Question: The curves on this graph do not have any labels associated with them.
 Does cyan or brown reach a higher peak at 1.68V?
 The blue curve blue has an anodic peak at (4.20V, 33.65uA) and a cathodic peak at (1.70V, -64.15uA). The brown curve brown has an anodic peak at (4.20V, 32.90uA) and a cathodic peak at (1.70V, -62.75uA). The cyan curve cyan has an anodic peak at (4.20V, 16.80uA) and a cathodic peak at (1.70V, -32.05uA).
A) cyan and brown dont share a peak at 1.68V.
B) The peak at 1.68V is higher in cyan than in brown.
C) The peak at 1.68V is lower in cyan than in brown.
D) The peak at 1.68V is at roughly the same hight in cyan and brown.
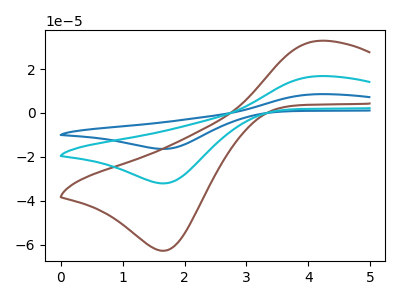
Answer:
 <answer>C) The peak at 1.68V is lower in "cyan" than in "brown".</answer>
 <eval>C</eval>